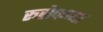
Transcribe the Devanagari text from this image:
रूसेफच्या